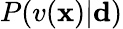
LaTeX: P(v({\mathbf x})|\mathbf{d})